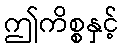
ဤကိစ္စနှင့်